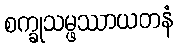
စက္ခုသမ္ဖဿာယတနံ